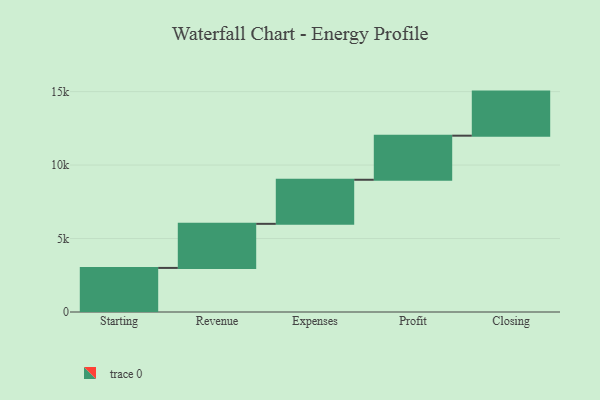
{"axis": {"x": "Step", "y": "Value"}, "legend": [""], "data": [{"x": "Starting", "y": 3000, "type": ""}, {"x": "Revenue", "y": 3000, "type": ""}, {"x": "Expenses", "y": 3000, "type": ""}, {"x": "Profit", "y": 3000, "type": ""}, {"x": "Closing", "y": 3000, "type": ""}]}